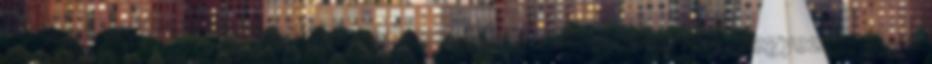
írásban, az Óriások könyvében valamivel drasztikusabban van lejegyezve, hogy